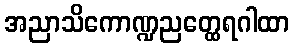
အညာသိကောဏ္ဍညတ္ထေရဂါထာ